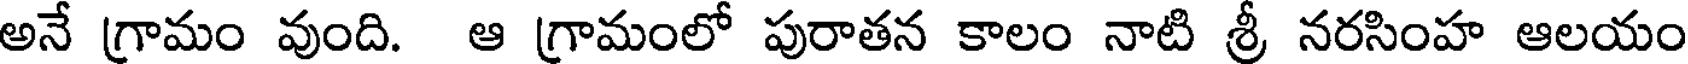
అనే గ్రామం వుంది. ఆ గ్రామంలో పురాతన కాలం నాటి శ్రీ నరసింహ ఆలయం